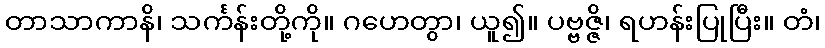
တာသာကာနိ၊ သင်္ကန်းတို့ကို။ ဂဟေတွာ၊ ယူ၍။ ပဗ္ဗဇ္ဇိ၊ ရဟန်းပြုပြီး။ တံ၊